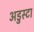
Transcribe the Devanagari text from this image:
अडुस्टा